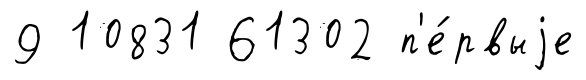
9 10831 61302 п'е́рвыjе